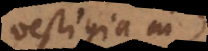
vestigia in